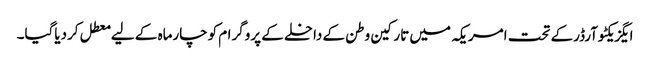
ایگزیکٹوآرڈرکے تحت امریکہ میں تارکین وطن کے داخلے کے پروگرام کوچارماہ کے لیے معطل کردیاگیا۔